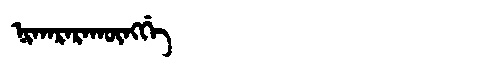
Manchu: ᠨᡳᡴᠠᡵᠠᡵᠠᡴᡡᠩᡤᡝ
Romanization: NIKARARAKŪNGGE